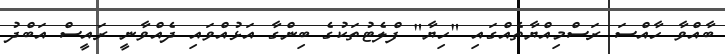
ބާއްވާ ހާއްސަ ރަސްމިއްޔާތެއްގައި "ހިޔާ" ފްލެޓުތަކުގެ ބިންގާ އަޅުއްވައި ދެއްވާނީ ރައީސް އަބްދު